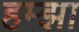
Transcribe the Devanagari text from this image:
हम्झा